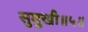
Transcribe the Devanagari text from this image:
सुमुखी॥५॥